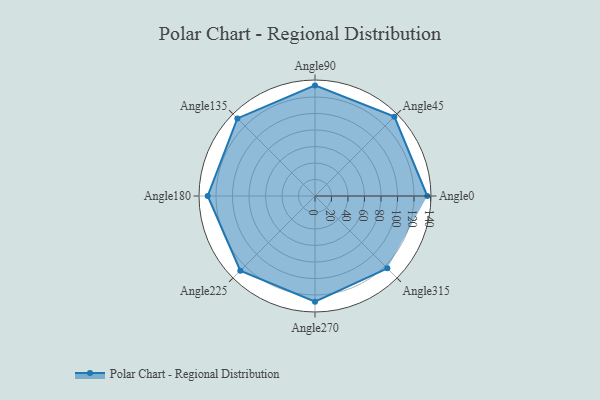
{"axis": {"x": "Angle", "y": "Radius"}, "legend": [""], "data": [{"x": "Angle0", "y": 136.0, "type": ""}, {"x": "Angle45", "y": 136.0, "type": ""}, {"x": "Angle90", "y": 134.0, "type": ""}, {"x": "Angle135", "y": 133.0, "type": ""}, {"x": "Angle180", "y": 130.0, "type": ""}, {"x": "Angle225", "y": 128.0, "type": ""}, {"x": "Angle270", "y": 128.0, "type": ""}, {"x": "Angle315", "y": 124.0, "type": ""}]}